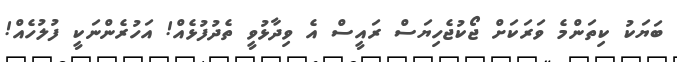
ބަޔަކު ކިތަންމެ ވަރަކަށް ޖޯކުޖެހިޔަސް ރައީސް އެ ވިދާޅުވީ ތެދުފުޅެއް! އަހުރެންނަކީ ފުލުހެއް!